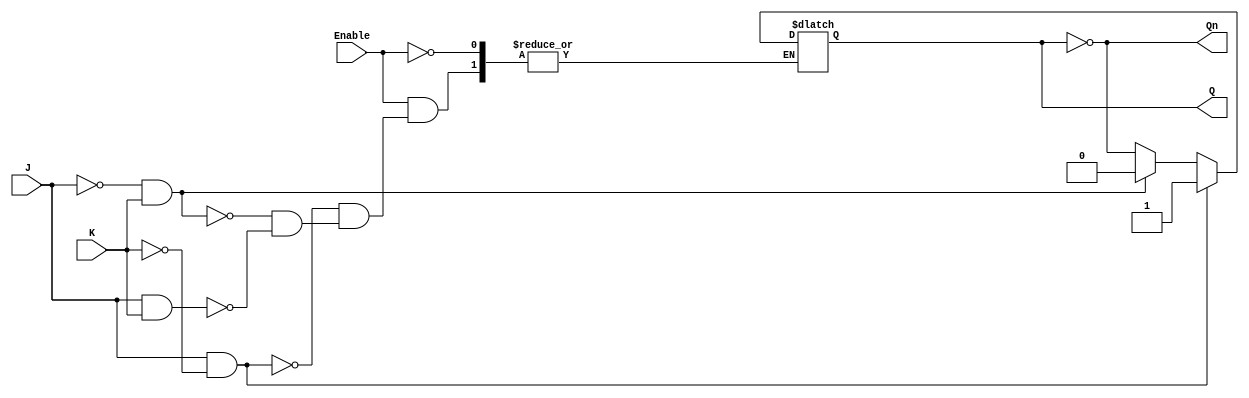
module GatedJKLatch (
    input wire J,        // Set input
    input wire K,        // Reset input
    input wire Enable,   // Clock / Enable signal
    output reg Q,        // Current state output
    output wire Qn       // Inverted current state output
);

    assign Qn = ~Q; // Q' is the inverted output of Q

    always @(*) begin
        if (Enable) begin
            if (J && !K) begin
                Q <= 1'b1; // Set state
            end else if (!J && K) begin
                Q <= 1'b0; // Reset state
            end else if (J && K) begin
                Q <= ~Q; // Toggle state
            end
            // If J = 0 and K = 0, Q retains its previous state (no change)
        end
        // When Enable is low, Q retains its previous state
    end

endmodule